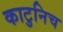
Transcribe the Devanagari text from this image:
काटुनिच